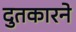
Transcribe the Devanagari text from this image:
दुतकारने